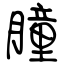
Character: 朣